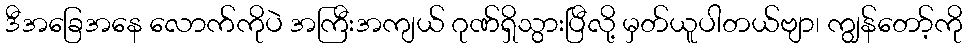
ဒီအခြေအနေ လောက်ကိုပဲ အကြီးအကျယ် ဂုဏ်ရှိသွားပြီလို့ မှတ်ယူပါတယ်ဗျာ၊ ကျွန်တော့်ကို